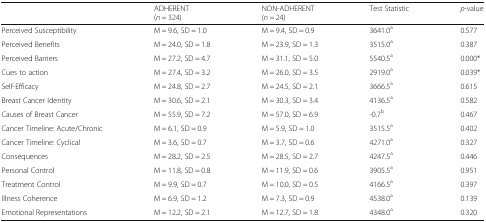
|  | ADHERENT(n = 324) | NON-ADHERENT(n = 24) | Test Statistic | p-value |
 | --- | --- | --- | --- | --- |
 | Perceived Susceptibility | M = 9.6, SD = 1.0 | M = 9.4, SD = 0.9 | 3641.0a | 0.577 |
 | Perceived Benefits | M = 24.0, SD = 1.8 | M = 23.9, SD = 1.3 | 3515.0a | 0.387 |
 | Perceived Barriers | M = 27.2, SD = 4.7 | M = 31.1, SD = 5.0 | 5540.5a | 0.000* |
 | Cues to action | M = 27.4, SD = 3.2 | M = 26.0, SD = 3.5 | 2919.0a | 0.039* |
 | Self-Efficacy | M = 24.8, SD = 2.7 | M = 24.5, SD = 2.1 | 3666.5a | 0.615 |
 | Breast Cancer Identity | M = 30.6, SD = 2.1 | M = 30.3, SD = 3.4 | 4136.5a | 0.582 |
 | Causes of Breast Cancer | M = 55.9, SD = 7.2 | M = 57.0, SD = 6.9 | -0.7b | 0.467 |
 | Cancer Timeline: Acute/Chronic | M = 6.1, SD = 0.9 | M = 5.9, SD = 1.0 | 3515.5a | 0.402 |
 | Cancer Timeline: Cyclical | M = 3.6, SD = 0.7 | M = 3.7, SD = 0.6 | 4271.0a | 0.327 |
 | Consequences | M = 28.2, SD = 2.5 | M = 28.5, SD = 2.7 | 4247.5a | 0.446 |
 | Personal Control | M = 11.8, SD = 0.8 | M = 11.9, SD = 0.6 | 3905.5a | 0.951 |
 | Treatment Control | M = 9.9, SD = 0.7 | M = 10.0, SD = 0.5 | 4166.5a | 0.397 |
 | Illness Coherence | M = 6.9, SD = 1.2 | M = 7.3, SD = 0.9 | 4538.0a | 0.139 |
 | Emotional Representations | M = 12.2, SD = 2.1 | M = 12.7, SD = 1.8 | 4348.0a | 0.320 |